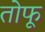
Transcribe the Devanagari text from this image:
तोफू